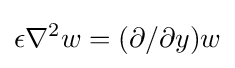
\epsilon \nabla ^{2}w=(\partial /\partial y)w